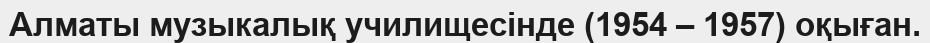
Алматы музыкалық училищесінде (1954 – 1957) оқыған.